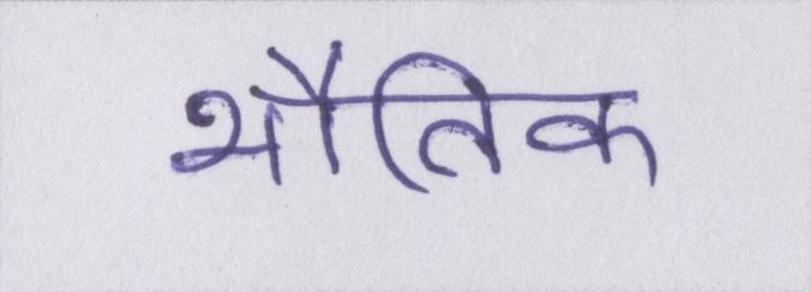
भौतिक